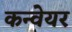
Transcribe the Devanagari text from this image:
कन्‍वेयर